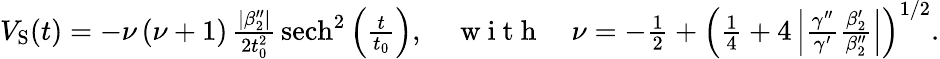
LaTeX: \begin{array}{r}{V_{\mathrm{{S}}}(t)=-\nu\, (\nu+1)\, \frac{|\beta_{2}^{\prime\prime}|}{2t_{0}^{2}}\, {\mathrm{sech}}^{2}\left(\frac{t}{t_{0}}\right),\quad\mathrm{~w~i~t~h~}\quad\nu=-\frac{1}{2}+\left(\frac{1}{4}+4\left|\frac{\gamma^{\prime\prime}}{\gamma^{\prime}}\frac{\beta_{2}^{\prime}}{\beta_{2}^{\prime\prime}}\right|\right)^{1/2}.}\end{array}